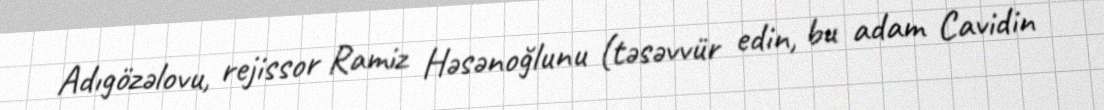
Adıgözəlovu, rejissor Ramiz Həsənoğlunu (təsəvvür edin, bu adam Cavidin